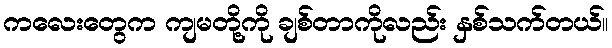
ကလေးတွေက ကျမတို့ကို ချစ်တာကိုလည်း နှစ်သက်တယ်။